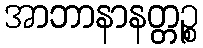
အာဘာနာနတ္တဉ္စ